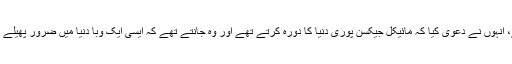
برٹ میٹ فڈز کے مطابق وہ تقریباً ایک دہائی تک مائیکل جیکسن کے ساتھ رہے، انہوں نے دعویٰ کیا کہ مائیکل جیکسن پوری دنیا کا دورہ کرتے تھے اور وہ جانتے تھے کہ ایسی ایک وبا دنیا میں ضرور پھیلے گی اور اس سے اپنی حفاظت کے لیے ہی انہوں نے ماسک پہننا شروع کردیا تھا۔